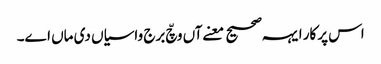
اس پرکار ایہہ صحیح معنےآں وچّ برج واسیاں دی ماں اے۔